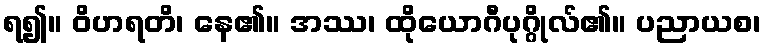
ရ၍။ ဝိဟရတိ၊ နေ၏။ အဿ၊ ထိုယောဂီပုဂ္ဂိုလ်၏။ ပညာယစ၊